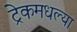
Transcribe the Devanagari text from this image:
ट्रेकमधल्या